Medical and sanitary report on the native army of Bombay for the year
Year: 1879
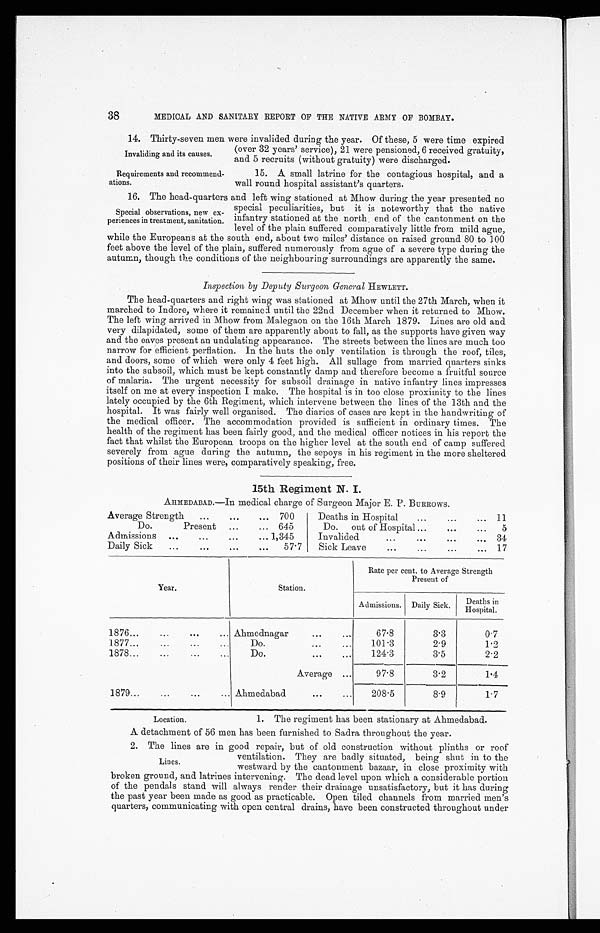
38
MEDICAL AND SANITARY REPORT OF THE NATIVE ARMY OF BOMBAY.
14. Thirty-seven men were invalided during the year. Of these, 5 were time expired
(over 32 years' service), 21 were pensioned, 6 received gratuity,
and 5 recruits (without gratuity) were discharged.
Invaliding and its causes.
Requirements and recommend
-ations.
15. A small latrine for the contagious hospital, and a
wall round hospital assistant's quarters.
16. The head-quarters and left wing stationed at Mhow during the year presented no
special peculiarities, but it is noteworthy that the native
infantry stationed at the north end of the cantonment on the
level of the plain suffered comparatively little from mild ague,
while the Europeans at the south end, about two miles' distance on raised ground 80 to 100
feet above the level of the plain, suffered numerously from ague of a severe type during the
autumn, though the conditions of the neighbouring surroundings are apparently the same.
Inspection by Deputy Surgeon General HEWLETT.
The head-quarters and right wing was stationed at Mhow until the 27th March, when it
marched to Indore, where it remained until the 22nd December when it returned to Mhow.
The left wing arrived in Mhow from Malegaon on the 16th March 1879. Lines are old and
very dilapidated, some of them are apparently about to fall, as the supports have given way
and the eaves present an undulating appearance. The streets between the lines are much too
narrow for efficient perflation. In the huts the only ventilation is through the roof, tiles,
and doors, some of which were only 4 feet high. All sullage from married quarters sinks
into the subsoil, which must be kept constantly damp and therefore become a fruitful source
of malaria. The urgent necessity for subsoil drainage in native infantry lines impresses
itself on me at every inspection I make. The hospital is in too close proximity to the lines
lately occupied by the 6th Regiment, which intervene between the lines of the 13th and the
hospital. It was fairly well organised. The diaries of cases are kept in the handwriting of
the medical officer. The accommodation provided is sufficient in ordinary times. The
health of the regiment has been fairly good, and the medical officer notices in his report the
fact that whilst the European troops on the higher level at the south end of camp suffered
severely from ague during the autumn, the sepoys in his regiment in the more sheltered
positions of their lines were, comparatively speaking, free.
15th Regiment N. I.
AHMEDABAD.—In medical charge of Surgeon Major E. P. BURROWS.
Average Strength . . . 700
Deaths in Hospital . . . 11
Do.
Present . . . 645
Do.
out of Hospital . . .
5
Admissions . . . 1,345
Invalided . . . 34
Daily Sick . . .
57.7
Sick Leave . . . 17
Year.
Station.
Rate per cent. to Average Strength
Present of
Admissions. Daily Sick.
Deaths in
Hospital.
1876 . . . Ahmednagar . . .
67.8
3.3
0.7
1877 . . .
Do. . . .
101.3
2.9
1.2
1878 . . .
Do.
. . .
124.3
3.5
2.2
Average . . .
97.8
3.2
1.4
1 8 7 9 . . .
Ahmedabad . . .
208.5
8.9
1.7
Special observations, new ex
-periences in treatment, sanitation.
Location.
1. The regiment has been stationary at Ahmedabad.
A detachment of 56 men has been furnished to Sadra throughout the year.
2. The lines are in good repair, but of old construction without plinths or roof
ventilation. They are badly situated, being shut in to the
westward by the cantonment bazaar, in close proximity with
broken ground, and latrines intervening. The dead level upon which a considerable portion
of the pendals stand will always render their drainage unsatisfactory, but it has during
the past year been made as good as practicable. Open tiled channels from married men's
quarters, communicating with open central drains, have been constructed throughout under
Lines.